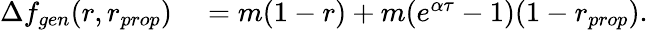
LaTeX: \begin{array}{rl}{\Delta f_{gen}(r,r_{prop})}&{{}=m(1-r)+m(e^{\alpha\tau}-1)(1-r_{prop}).}\end{array}